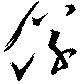
儀